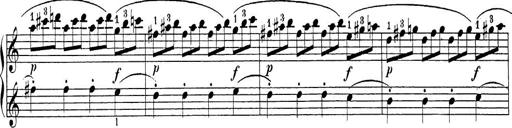
Title: Sonatina Album
Composer: Louis KÃ¶hler